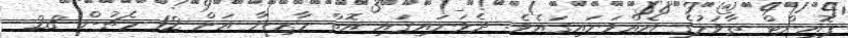
ޕޮއިންޓް ތާވަލުގެ އެއްވަނައިގައެވެ. ދެވަނައިގައި އޮތް މާޒިޔާ އަށް 12 މެޗުން 28